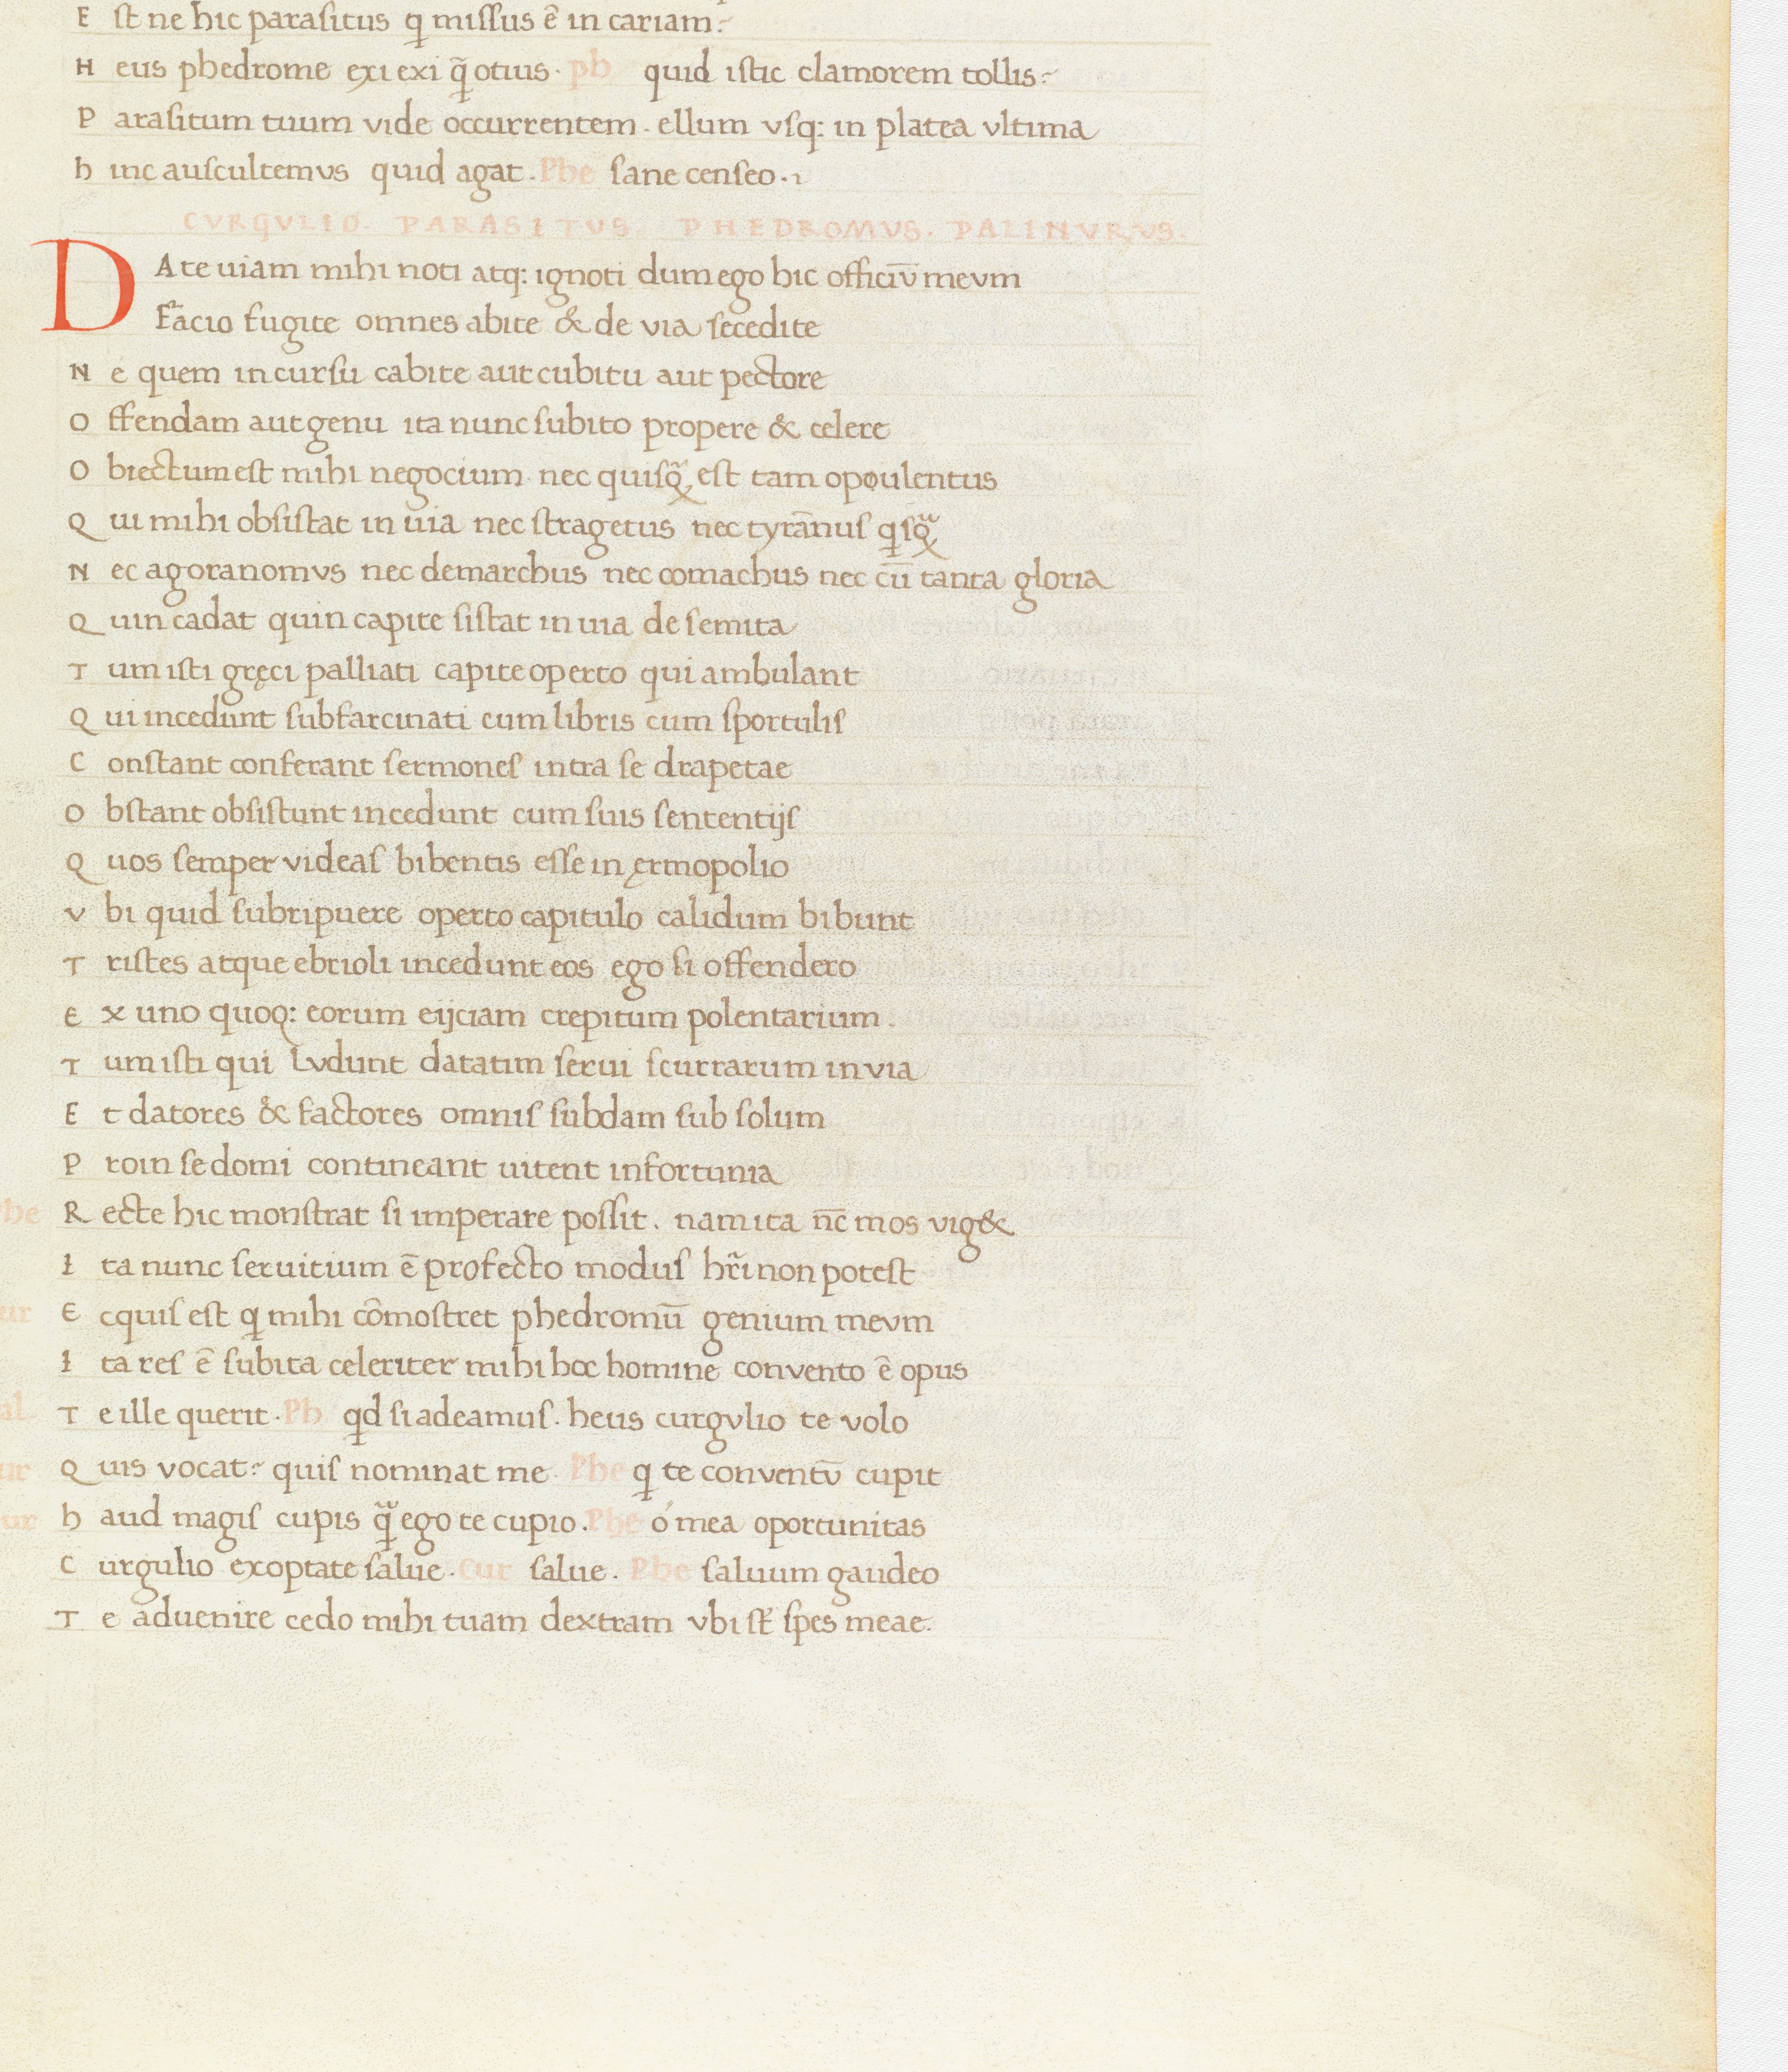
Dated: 1400–1499